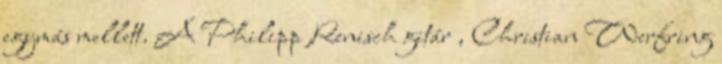
egymás mellett. A Philipp Renisch gitár , Christian Werfring